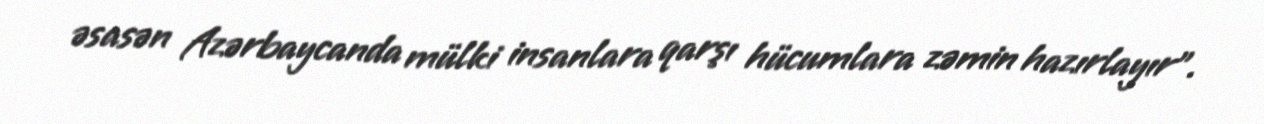
əsasən Azərbaycanda mülki insanlara qarşı hücumlara zəmin hazırlayır".